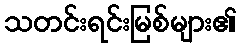
သတင်းရင်းမြစ်များ၏